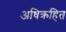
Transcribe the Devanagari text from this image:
अधिक्रहित